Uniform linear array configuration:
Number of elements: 4
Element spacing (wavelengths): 0.25
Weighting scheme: hann
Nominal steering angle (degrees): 60
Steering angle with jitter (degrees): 61.384
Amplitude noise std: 0.05
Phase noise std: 0.05

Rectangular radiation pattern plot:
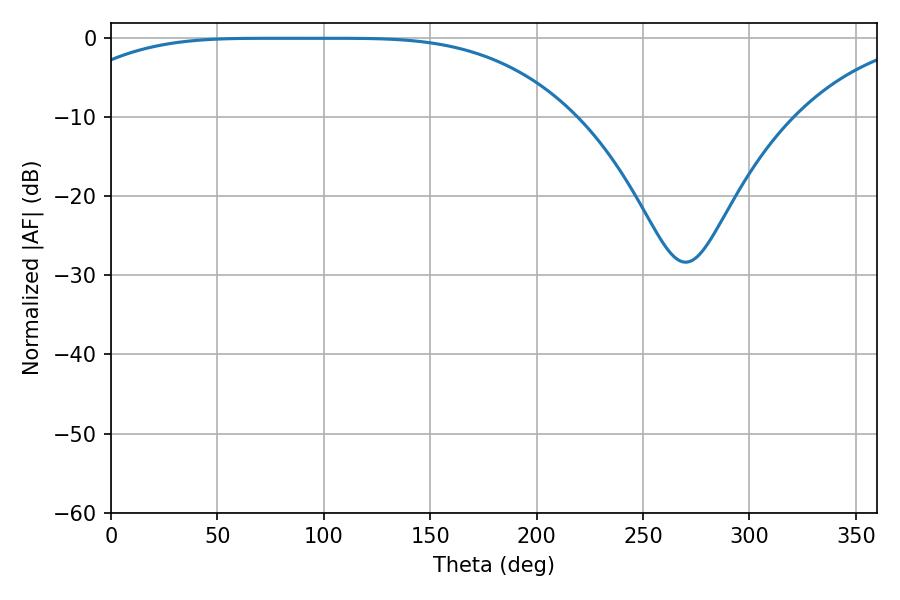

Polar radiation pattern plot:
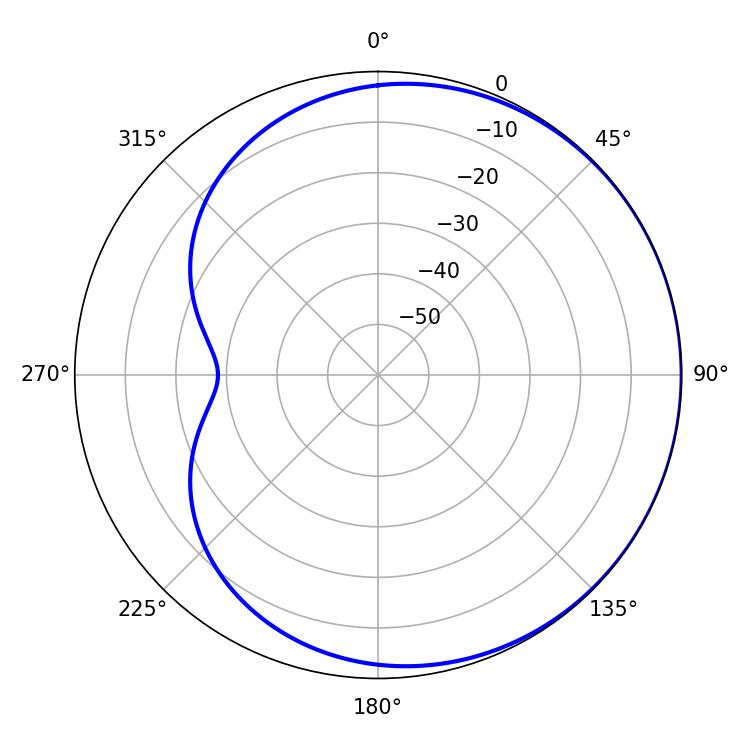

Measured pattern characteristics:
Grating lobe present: FALSE
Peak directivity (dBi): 0.5158
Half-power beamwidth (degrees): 182.34
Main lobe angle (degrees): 73.08